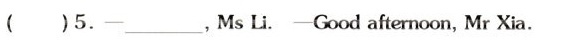
( )5.-——________,Ms L.-——Good afternoon,Mr Xia.